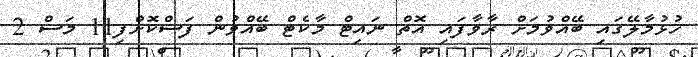
ހުޅުމާލޭގައި ބޭއްވުމަށް ރާވާފައި އޮތް ނައިޓް މާކެޓް ބޭއްވުން ފަސްކޮށްފި11 މަސް 2